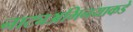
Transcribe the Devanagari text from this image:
नाट्यअभिनयाकडे